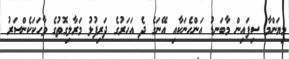
މިޔަންމާ ސިފައިން މާބަނޑު އަންހެނަކާއި އޭނަގެ ދެ އަހަރުގެ ދަރިފުޅު މަރާލިގޮތުގެ ވާހަކަކެންސަރު